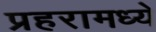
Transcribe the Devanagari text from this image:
प्रहरामध्ये